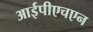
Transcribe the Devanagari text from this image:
आईपीएचएन